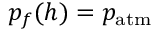
p _ { f } ( h ) = p _ { \mathrm { a t m } }